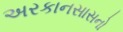
અરકાનસાસનો